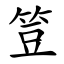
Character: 䇺